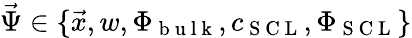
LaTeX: \vec{\Psi}\in\{ \vec{x},w,\Phi_{\mathrm{~b~u~l~k~}},c_{\mathrm{~S~C~L~}},\Phi_{\mathrm{~S~C~L~}}\}